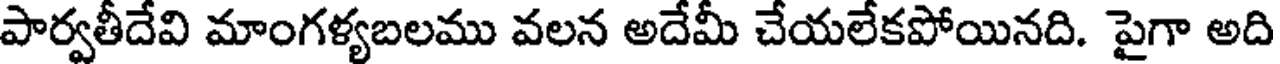
పార్వతీదేవి మాంగళ్యబలము వలన అదేమీ చేయలేకపోయినది. పైగా అది